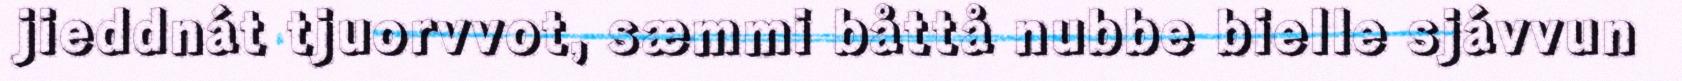
jieddnát tjuorvvot, sæmmi båttå nubbe bielle sjávvun